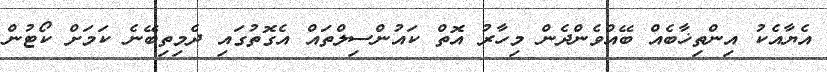
އެޔާއެކު އިންތިޚާބެއް ބޭއްވެންދެން މިހާރު އޮތް ކައުންސިލްތައް އެގޮތުގައި ދެމިތިބޭނެ ކަމަށް ކޯޓުން